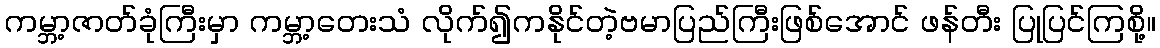
ကမ္ဘာ့ဇာတ်ခုံကြီးမှာ ကမ္ဘာ့တေးသံ လိုက်၍ကနိုင်တဲ့ဗမာပြည်ကြီးဖြစ်အောင် ဖန်တီး ပြုပြင်ကြစို့။